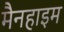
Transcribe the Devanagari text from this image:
मैनहाइम